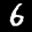
Label: 6